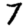
Digit: 7